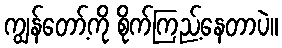
ကျွန်တော့်ကို စိုက်ကြည့်နေတာပဲ။